Document type: Sale
Year: 1355
Scribe: Pere Borrell
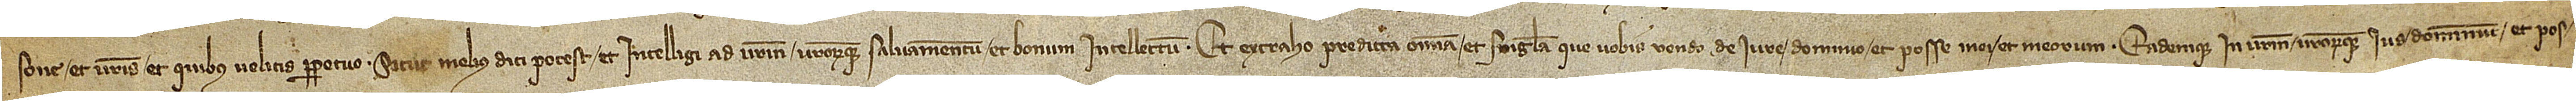
sone, et vestris et quibus velitis perpetuo sicut melius dici potest et intelligi ad vestrum vestrorumque salvamentum et bonum intellectum. Et extraho predicta omnia et singula que vobis vendo de iure, dominio et posse mei et meorum eademque in vestrum vestrorumque ius, dominium et pos-